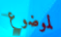
لموضوع